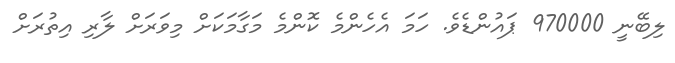
ލިބޭނީ 970000 ޕައުންޑެވެ. ހަމަ އެހެންމެ ކޮންމެ މަގާމަކަށް މިވަރަށް ލާރި އިތުރަށް